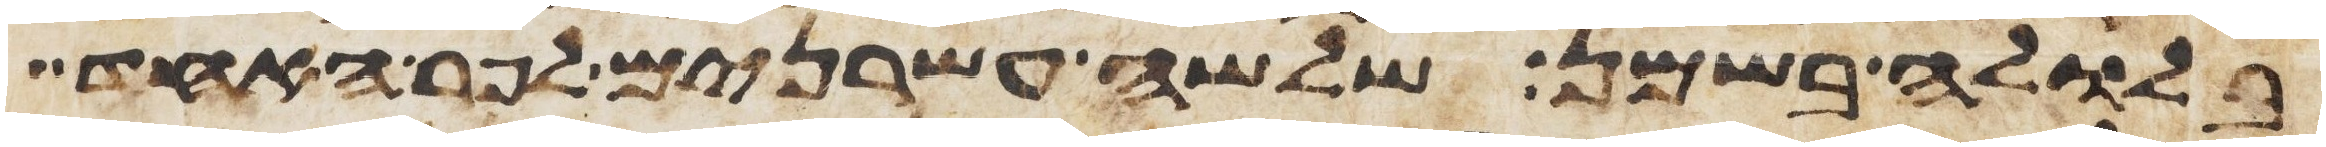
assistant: בלולה בשמן שלשה עשרנים לפר האחד